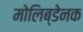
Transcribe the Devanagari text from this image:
मोलिब्डेनक